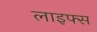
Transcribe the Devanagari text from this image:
लाइफ्स